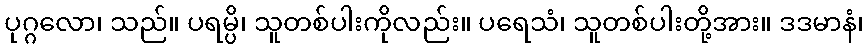
ပုဂ္ဂလော၊ သည်။ ပရမ္ပိ၊ သူတစ်ပါးကိုလည်း။ ပရေသံ၊ သူတစ်ပါးတို့အား။ ဒဒမာနံ၊